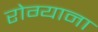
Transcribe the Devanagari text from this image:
रोग्याना